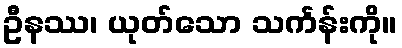
ဦနဿ၊ ယုတ်သော သင်္ကန်းကို။